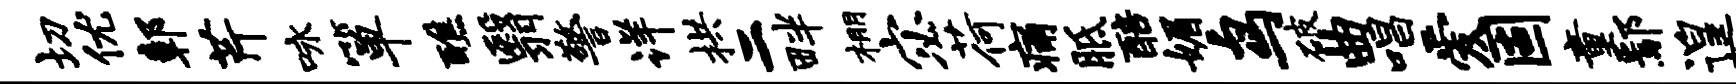
切优鄣芹咏箪醮翳警详拱二畔棚宓荷痛胝醅媚鸟破曲唱爱固童鄢遑